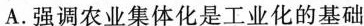
A.强调农业集体化是工业化的基础